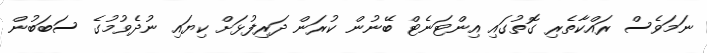
ނަމަވެސް ރައްކާތެރި ގޮތުގައި އިންޓަނެޓް ބޭނުން ކުރަން ދަރިފުޅަށް ކިޔައި ނުދެވުމުގެ ސަބަބުން